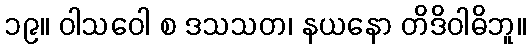
၁၉။ ဝါသဝေါ စ ဒသသတ၊ နယနော တိဒိဝါဓိဘူ။